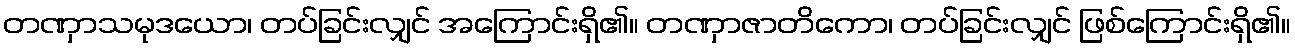
တဏှာသမုဒယော၊ တပ်ခြင်းလျှင် အကြောင်းရှိ၏။ တဏှာဇာတိကော၊ တပ်ခြင်းလျှင် ဖြစ်ကြောင်းရှိ၏။